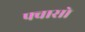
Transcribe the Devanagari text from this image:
फ्वासो